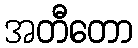
အတီတော